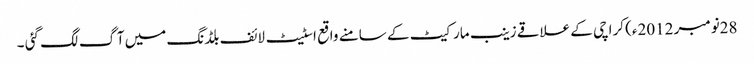
28نومبر 2012ء) کراچی کے علاقے زینب مارکیٹ کے سامنے واقع اسٹیٹ لائف بلڈنگ میں آگ لگ گئی ۔